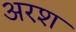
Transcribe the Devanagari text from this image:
अरश